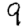
Digit: 9